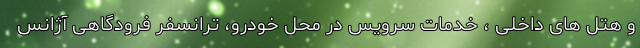
و هتل های داخلی ، خدمات سرویس در محل خودرو، ترانسفر فرودگاهی آژانس